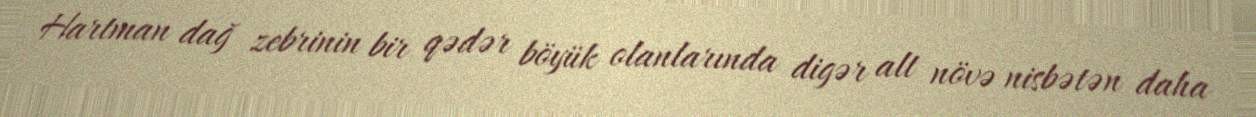
Hartman dağ zebrinin bir qədər böyük olanlarında digər alt növə nisbətən daha